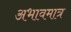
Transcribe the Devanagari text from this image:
अभावमात्र